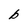
Character: b